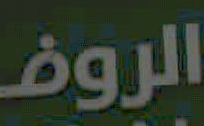
الروضـ